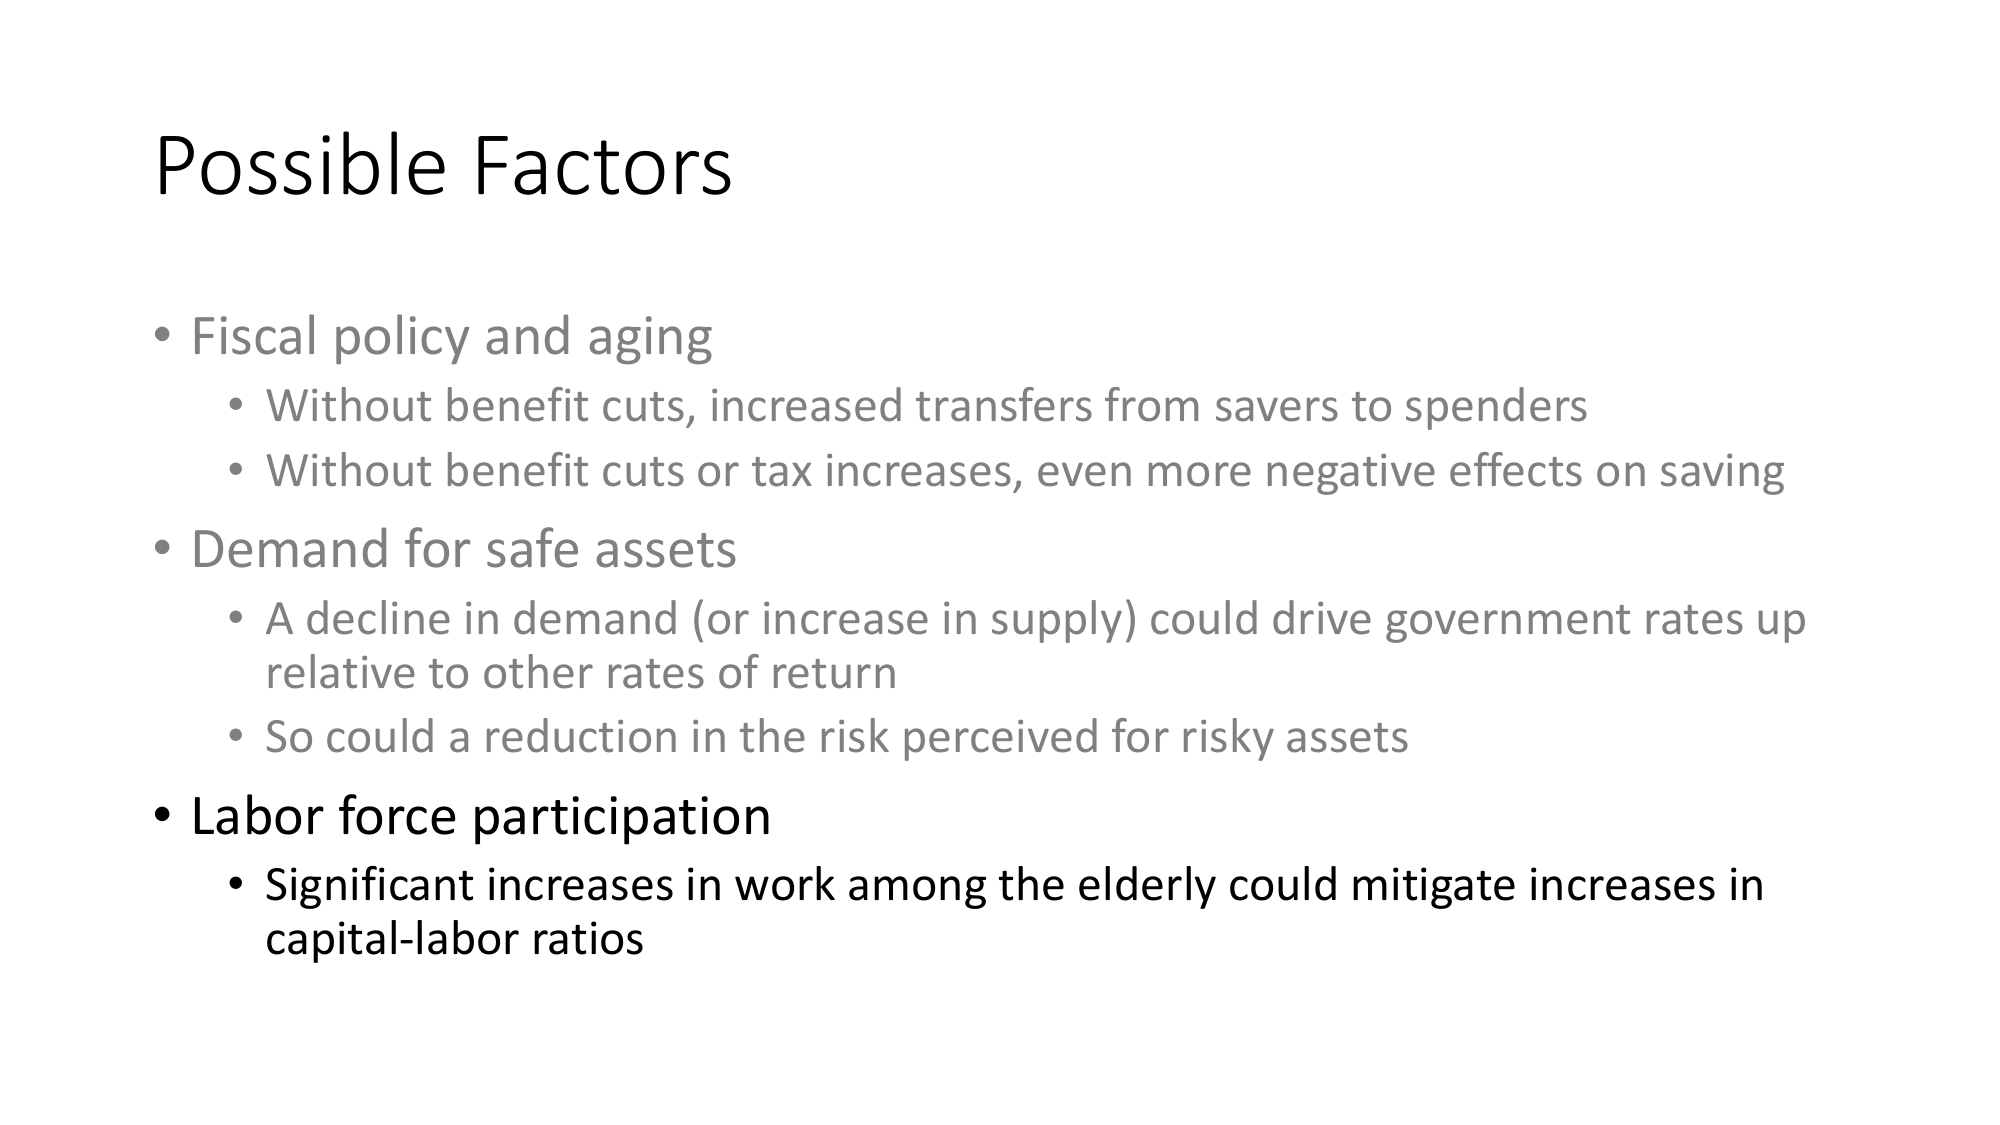
Possible Factors

• Fiscal policy and aging
   • Without benefit cuts, increased transfers from savers to spenders
   • Without benefit cuts or tax increases, even more negative effects on saving

• Demand for safe assets
   • A decline in demand (or increase in supply) could drive government rates up relative to other rates of return
   • So could a reduction in the risk perceived for risky assets

• Labor force participation
   • Significant increases in work among the elderly could mitigate increases in capital-labor ratios